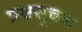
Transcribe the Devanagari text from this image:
प्रश्नसूचक